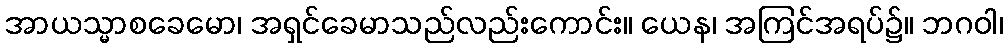
အာယသ္မာစခေမော၊ အရှင်ခေမာသည်လည်းကောင်း။ ယေန၊ အကြင်အရပ်၌။ ဘဂဝါ၊